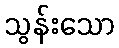
သွန်းသော